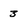
Character: 3